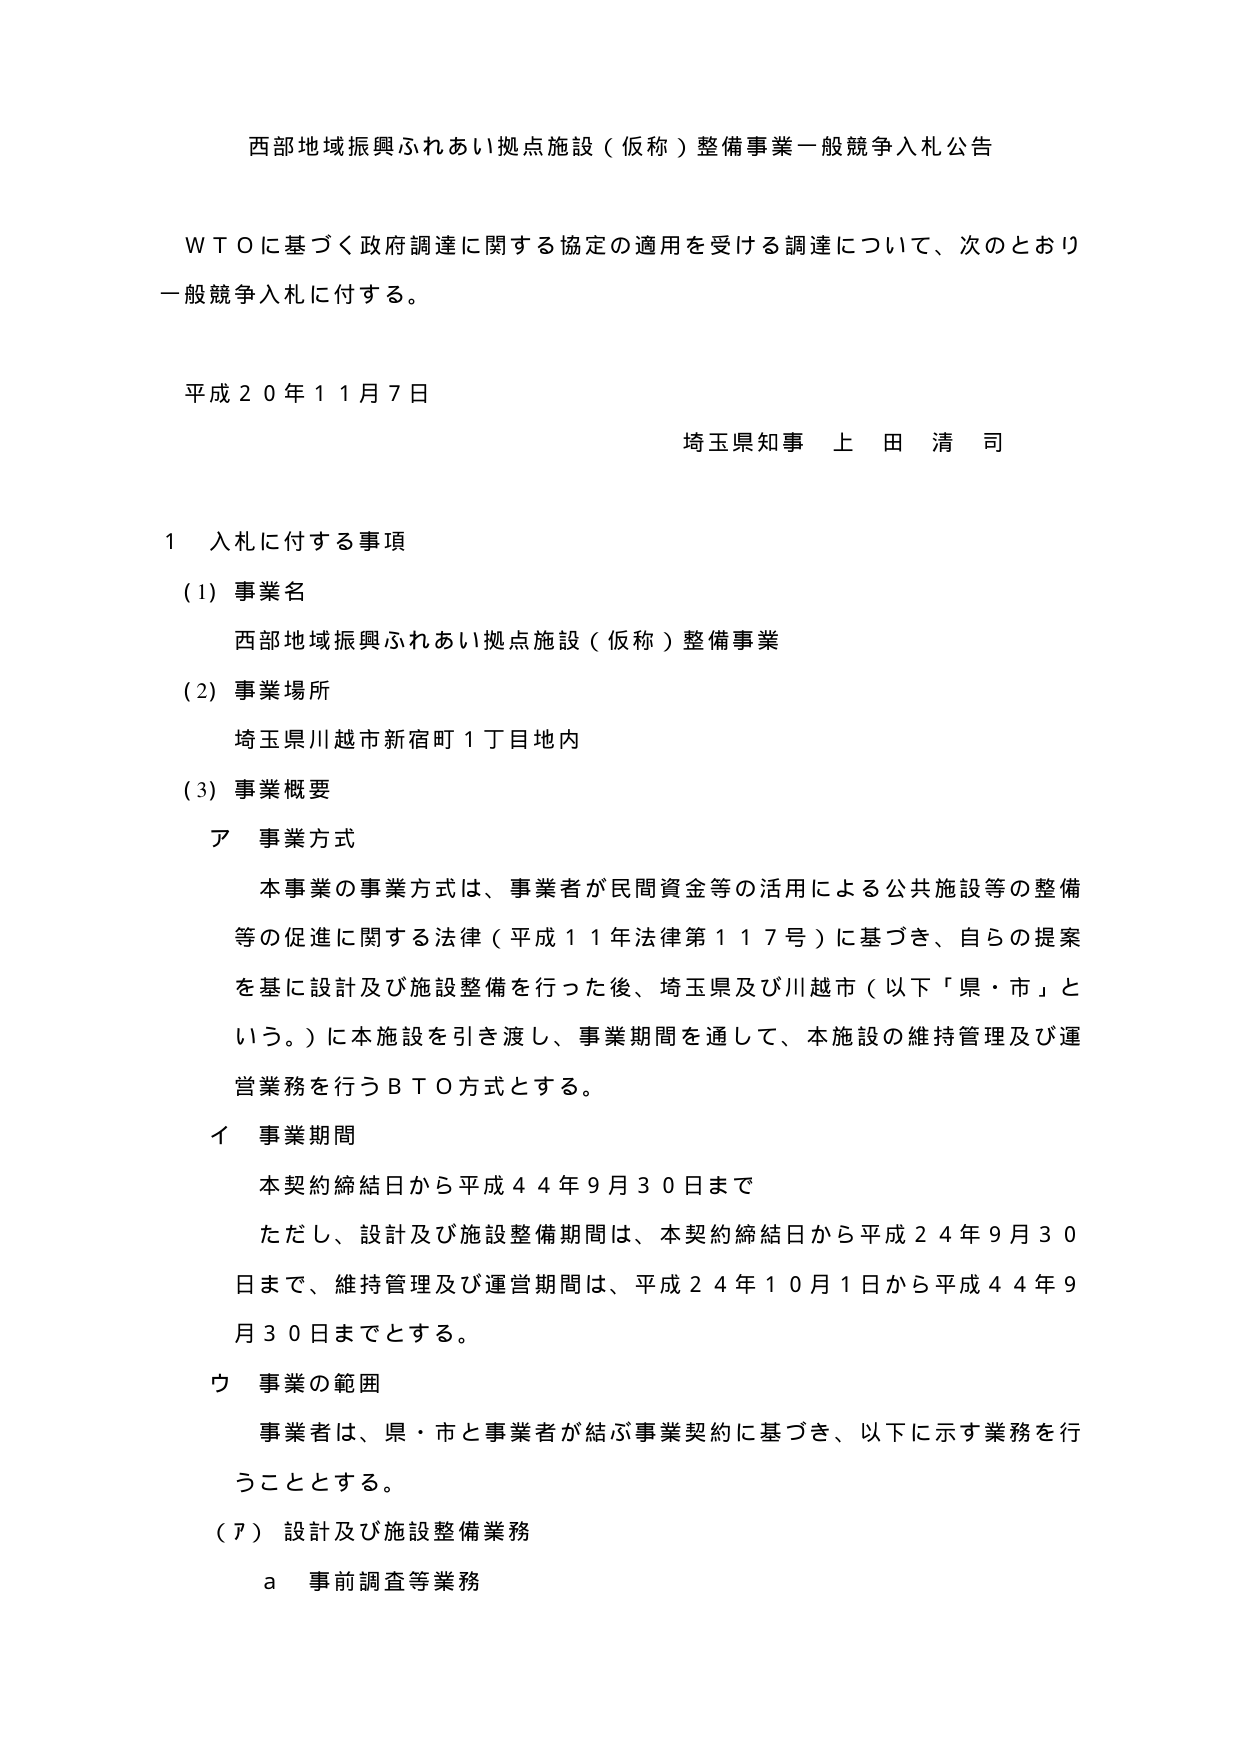
西部地域振興ふれあい拠点施設（仮称）整備事業一般競争入札公告

ＷＴＯに基づく政府調達に関する協定の適用を受ける調達について、次のとおり一般競争入札に付する。

平成２０年１１月７日
埼玉県知事 上田清司

１ 入札に付する事項
（1）事業名
　西部地域振興ふれあい拠点施設（仮称）整備事業
（2）事業場所
　埼玉県川越市新宿町１丁目地内
（3）事業概要
　ア 事業方式
　　本事業の事業方式は、事業者が民間資金等の活用による公共施設等の整備等の促進に関する法律（平成１１年法律第１１７号）に基づき、自らの提案を基に設計及び施設整備を行った後、埼玉県及び川越市（以下「県・市」という。）に本施設を引き渡し、事業期間を通じて、本施設の維持管理及び運営業務を行うＢＴＯ方式とする。
　イ 事業期間
　　本契約締結日から平成４４年９月３０日まで
　　ただし、設計及び施設整備期間は、本契約締結日から平成２４年９月３０日までで、維持管理及び運営期間は、平成２４年１０月１日から平成４４年９月３０日までとする。
　ウ 事業の範囲
　　事業者は、県・市と事業者が結ぶ事業契約に基づき、以下に示す業務を行うこととする。
（７）設計及び施設整備業務
　　ａ 事前調査等業務